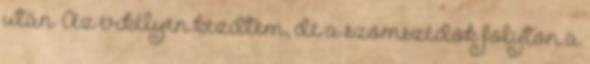
után. Az erkélyen kezdtem, de a szomszédok folyton a